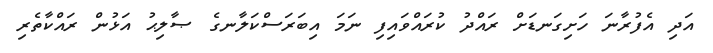
އަދި އެފުރާނަ ހަށިގަނޑަށް ރައްދު ކުރައްވައިފި ނަމަ އިބަރަސްކަލާނގެ ޞާލިޙު އަޅުން ރައްކާތެރި